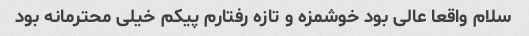
سلام واقعا عالی بود خوشمزه و تازه رفتارم پیکم خیلی محترمانه بود